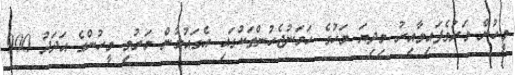
މީހުން މަރުވެފައިވާއިރު މިދިޔަ މަހުގެ ހަމަނުޖެހުންތަކުގައި އެގައުމުން މަރުވި މީހުންގެ އަދަދު 900